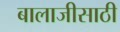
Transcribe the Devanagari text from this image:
बालाजीसाठी